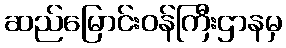
ဆည်မြောင်းဝန်ကြီးဌာနမှ